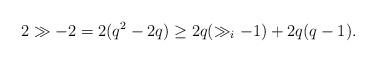
LaTeX: \begin{align*}2\gg-2=2(q^2-2q)\geq 2q(\gg_i-1) +2q(q-1).\end{align*}